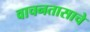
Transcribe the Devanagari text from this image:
वाचनतासाचे